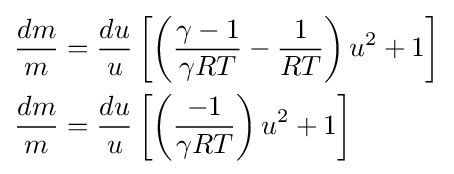
{\begin{aligned}{\frac {dm}{m}}&={\frac {du}{u}}\left[\left({\frac {\gamma -1}{\gamma RT}}-{\frac {1}{RT}}\right)u^{2}+1\right]\\{\frac {dm}{m}}&={\frac {du}{u}}\left[\left({\frac {-1}{\gamma RT}}\right)u^{2}+1\right]\end{aligned}}